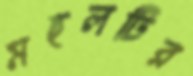
মহলটির